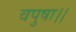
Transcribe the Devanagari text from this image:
वपुषा।।